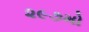
૨૯૭મો